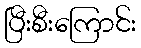
ပြီးစီးကြောင်း